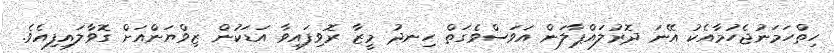
ހިތްހަމަނުޖެހުމާއެކު އޭނަ ދޮރުލައްޕާލަން އަވަސްވެގަތް ހިނދު މީޒާ ރޮވިފައިވާ އަޑަކުން ޒިވްޔަންއަށް ގޮވާލައިފިއެވެ.